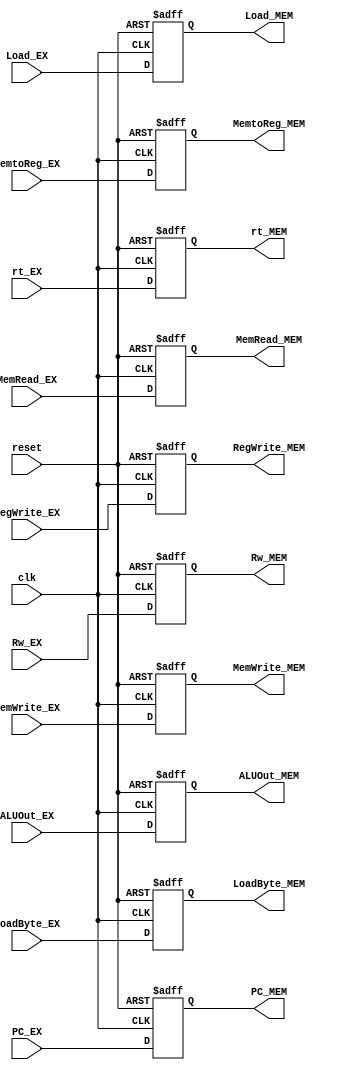
// This program was cloned from: https://github.com/TCL606/MipsPipeline
// License: MIT License

module EX_MEM(
    input wire clk,
    input wire reset,
    
    input wire MemRead_EX,
    input wire MemWrite_EX,
    input wire [31:0] ALUOut_EX,
    input wire [4:0] Rw_EX,
    input wire [1:0] MemtoReg_EX,
    input wire RegWrite_EX,
    input wire [31:0] rt_EX,
    input wire LoadByte_EX,
    input wire [31:0] PC_EX,
    input wire Load_EX,

    output reg MemRead_MEM,
    output reg MemWrite_MEM,
    output reg [31:0] ALUOut_MEM,
    output reg [4:0] Rw_MEM,
    output reg [1:0] MemtoReg_MEM,
    output reg RegWrite_MEM,
    output reg [31:0] rt_MEM,
    output reg LoadByte_MEM,
    output reg [31:0] PC_MEM,
    output reg Load_MEM
);

initial begin
    MemRead_MEM <= 0;
    MemWrite_MEM <= 0;
    ALUOut_MEM <= 0;
    Rw_MEM <= 0;
    MemtoReg_MEM <= 0;
    RegWrite_MEM <= 0;
    rt_MEM <= 0;
    LoadByte_MEM <= 0;
    PC_MEM <= 0; 
    Load_MEM <= 0;
end

always@(posedge clk or posedge reset) begin
    if(reset) begin
        MemRead_MEM <= 0;
        MemWrite_MEM <= 0;
        ALUOut_MEM <= 0;
        Rw_MEM <= 0;
        MemtoReg_MEM <= 0;
        RegWrite_MEM <= 0;
        rt_MEM <= 0;
        LoadByte_MEM <= 0;
        PC_MEM <= 0;
        Load_MEM <= 0;
    end
    else begin
        MemRead_MEM <= MemRead_EX;
        MemWrite_MEM <= MemWrite_EX;
        ALUOut_MEM <= ALUOut_EX;
        Rw_MEM <= Rw_EX;
        MemtoReg_MEM <= MemtoReg_EX;
        RegWrite_MEM <= RegWrite_EX;
        rt_MEM <= rt_EX;
        LoadByte_MEM <= LoadByte_EX;
        PC_MEM <= PC_EX;
        Load_MEM <= Load_EX;
    end
end

endmodule